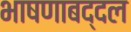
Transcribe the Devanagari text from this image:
भाषणाबद्दल